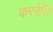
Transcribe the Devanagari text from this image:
करनेसि